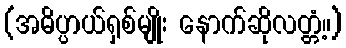
(အဓိပ္ပာယ်ရှစ်မျိုး နောက်ဆိုလတ္တံ့။)